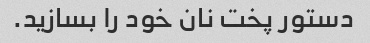
دستور پخت نان خود را بسازید.